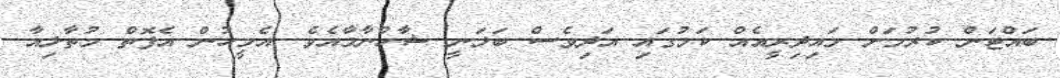
ބައްޓަން ކުރުމަށް މައިދިރީއެއް ކަމުގައި އަދިވެސް ބަލަނީ ޝާހްނާމާއެވެ. އެމީހުން އެފޮތް މުތާލިއާ